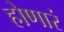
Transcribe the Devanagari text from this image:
होणारं